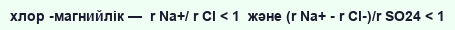
хлор -магнийлік —  r Na+/ r Cl < 1  және (r Na+ - r Cl-)/r SO24 < 1